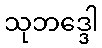
သုဘဒ္ဒေါ